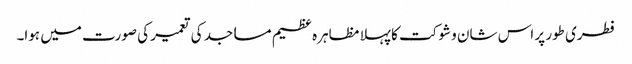
فطری طور پر اس شان و شوکت کا پہلا مظاہرہ عظیم مساجد کی تعمیر کی صورت میں ہوا۔